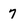
Character: 7